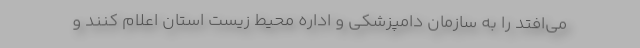
می‌افتد را به سازمان دامپزشکی و اداره محیط زیست استان اعلام کنند و